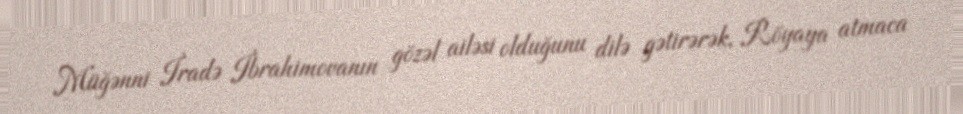
Müğənni İradə İbrahimovanın gözəl ailəsi olduğunu dilə gətirərək, Röyaya atmaca